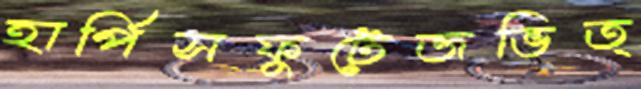
হার্পিসফুটেজভিত্